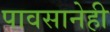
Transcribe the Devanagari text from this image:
पावसानेही